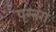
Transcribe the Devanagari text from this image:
पन्‍नग